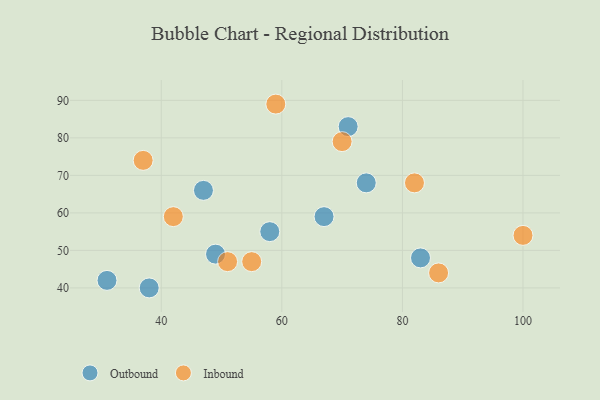
{"axis": {"x": "GDP", "y": "Life Expectancy"}, "legend": ["Inbound", "Outbound"], "data": [{"x": "83", "y": 48, "type": "Outbound"}, {"x": "58", "y": 55, "type": "Outbound"}, {"x": "67", "y": 59, "type": "Outbound"}, {"x": "47", "y": 66, "type": "Outbound"}, {"x": "49", "y": 49, "type": "Outbound"}, {"x": "38", "y": 40, "type": "Outbound"}, {"x": "71", "y": 83, "type": "Outbound"}, {"x": "31", "y": 42, "type": "Outbound"}, {"x": "74", "y": 68, "type": "Outbound"}, {"x": "82", "y": 68, "type": "Inbound"}, {"x": "37", "y": 74, "type": "Inbound"}, {"x": "55", "y": 47, "type": "Inbound"}, {"x": "70", "y": 79, "type": "Inbound"}, {"x": "59", "y": 89, "type": "Inbound"}, {"x": "42", "y": 59, "type": "Inbound"}, {"x": "51", "y": 47, "type": "Inbound"}, {"x": "86", "y": 44, "type": "Inbound"}, {"x": "100", "y": 54, "type": "Inbound"}]}